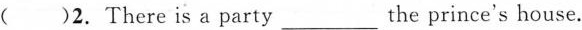
( )2. There is a party___the prince's house.